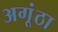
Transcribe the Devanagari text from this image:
अगूंठा